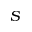
S